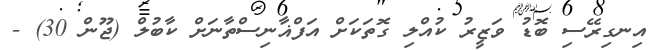
އިނގިރޭސި ބޮޑު ވަޒީރު ކުއްލި ގޮތަކަށް އަފްޣާނިސްތާނަށް ކާބުލް (ޖޫން 30) -